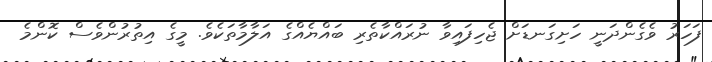
ފަހަރު ވެގެންދަނީ ހަށިގަނޑަށް ޖެހިފައިވާ ނުރައްކާތެރި ބައްޔެއްގެ އަލާމާތަކެވެ. މީގެ އިތުރުންވެސް ކޮންމެ